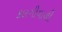
કલગીવાળી